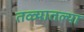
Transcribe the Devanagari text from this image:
तळ्यातल्या